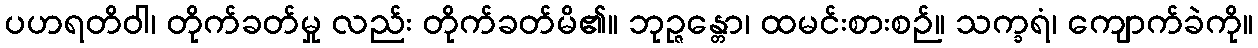
ပဟရတိဝါ၊ တိုက်ခတ်မှု လည်း တိုက်ခတ်မိ၏။ ဘုဉ္ဇန္တော၊ ထမင်းစားစဉ်။ သက္ခရံ၊ ကျောက်ခဲကို။